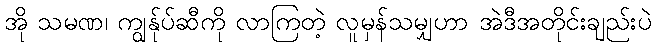
အို သမဏ၊ ကျွန်ုပ်ဆီကို လာကြတဲ့ လူမှန်သမျှဟာ အဲဒီအတိုင်းချည်းပဲ